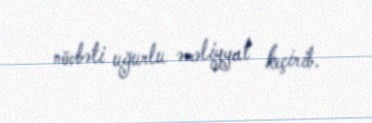
növbəti uğurlu əməliyyat keçirib.